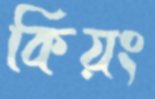
কিয়ং